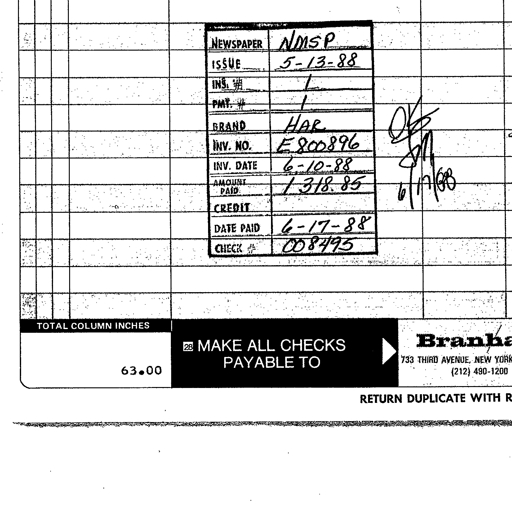
Transcript:
NEWSPAPER NMSP
ISSUE 5-13-88
INS. # 1
PMT. # 1
BRAND HAR
INV. NO. E800896
INV. DATE 6-10-88
AMOUNT PAID 1318.85
CREDIT
DATE PAID 6-17-88
CHECK # 008495
OK
JM
6/17/88
TOTAL COLUMN INCHES
63.00
MAKE ALL CHECKS PAYABLE TO
Branha
733 THIRD AVENUE, NEW YORK
(212) 490-1200
RETURN DUPLICATE WITH R